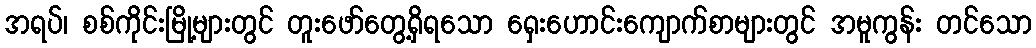
အရပ်၊ စစ်ကိုင်းမြို့များတွင် တူးဖော်တွေ့ရှိရသော ရှေးဟောင်းကျောက်စာများတွင် အမူကွန်း တင်သော